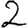
Digit: 2